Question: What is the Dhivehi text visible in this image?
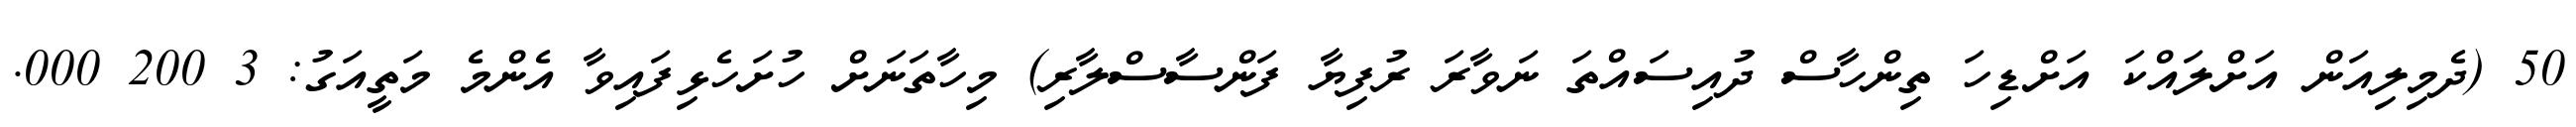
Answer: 50 (ދެމިލިއަން އަށްލައްކަ އަށްޑިހަ ތިންހާސް ދުއިސައްތަ ނަވާރަ ރުފިޔާ ފަންސާސްލާރި) މިހާތަނަށް ހުށަހެޅިފައިވާ އެންމެ މަތީއަގު: 3 200 000.